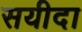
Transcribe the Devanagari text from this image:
सयीदा